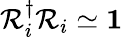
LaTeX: \mathcal{R}_{i}^{\dagger}\mathcal{R}_{i}\simeq\mathbf{1}